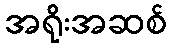
အရိုးအဆစ်